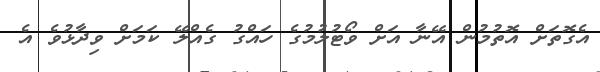
އެގޮތަށް އޮތުމުން އޭނާ އަށް ވޯޓުލުމުގެ ހައްގު ގެއްލޭ ކަމަށް ވިދާޅުވެ އެ